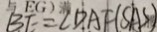
B E = \angle D A F ( S A S )